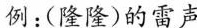
例：(隆隆)的雷声